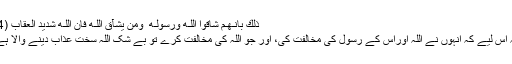
ذٰلِكَ بِاَنَّـهُـمْ شَاقُّوا اللّـٰهَ وَرَسُوْلَـهٝ ۖ وَمَنْ يُّشَآقِّ اللّـٰهَ فَاِنَّ اللّـٰهَ شَدِيْدُ الْعِقَابِ (4)
یہ اس لیے کہ انہوں نے اللہ اوراس کے رسول کی مخالفت کی، اور جو اللہ کی مخالفت کرے تو بے شک اللہ سخت عذاب دینے والا ہے۔